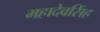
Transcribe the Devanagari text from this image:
महादेवसिंह